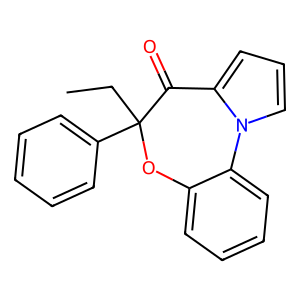
SMILES: CCC1(c2ccccc2)Oc2ccccc2-n2cccc2C1=O
Inhibits HIV replication: Yes